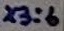
Text: X3:6